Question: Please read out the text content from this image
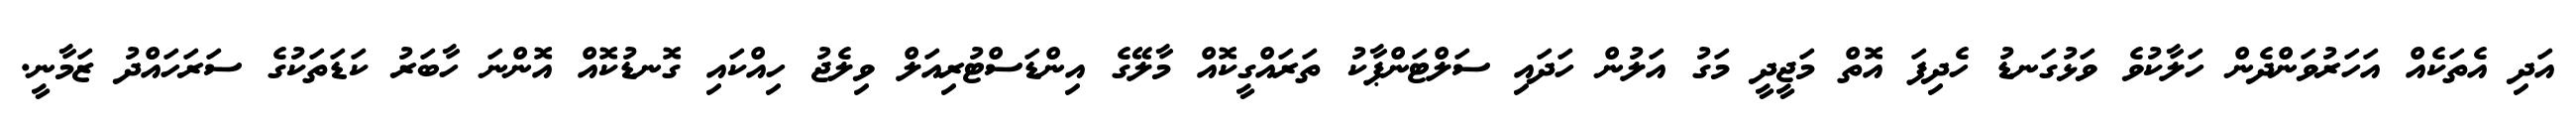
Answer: އަދި އެތަކެއް އަހަރުވަންދެން ހަލާކުވެ ވަޅުގަނޑު ހެދިފަ އޮތް މަޖީދީ މަގު އަލުން ހަދައި ސަލްޓަންޕާކު ތަރައްގީކޮއް މާލޭގެ އިންޑަސްޓުރިއަލް ވިލެޖު ހިއްކައި ގޮނޑުކޮއް އޮންނަ ހާބަރު ކަޑަތަކުގެ ސަރަހައްދު ޒަމާނީ.